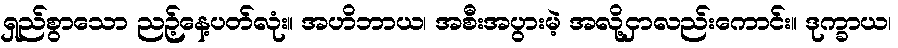
ရှည်စွာသော ညဉ့်နေ့ပတ်လုံး။ အဟိဘာယ၊ အစီးအပွားမဲ့ အလို့ငှာလည်းကောင်း။ ဒုက္ခာယ၊